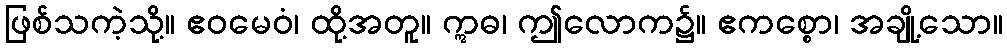
ဖြစ်သကဲ့သို့။ ဧဝမေဝံ၊ ထို့အတူ။ ဣဓ၊ ဤလောက၌။ ဧကစ္စော၊ အချို့သော။